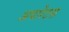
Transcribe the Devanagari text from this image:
अपारेटस